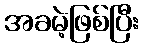
အခမဲ့ဖြစ်ပြီး